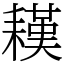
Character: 䎯